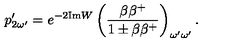
p _ { 2 \omega ^ { \prime } } ^ { \prime } = e ^ { - 2 \mathrm { I m } W } \left( \frac { \beta \beta ^ { + } } { 1 \pm \beta \beta ^ { + } } \right) _ { \omega ^ { \prime } \omega ^ { \prime } } .